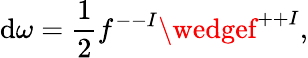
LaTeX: \mathrm{d}\omega={\frac{{1}}{{2}}}f^{--I}\wedgef^{++I},